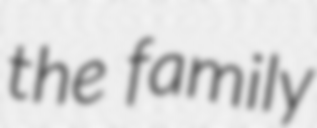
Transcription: the family